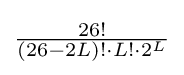
{\tfrac {26!}{(26-2L)!\cdot L!\cdot 2^{L}}}